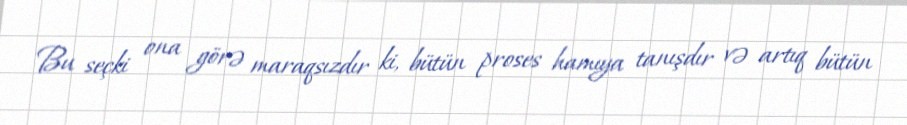
Bu seçki ona görə maraqsızdır ki, bütün proses hamıya tanışdır və artıq bütün